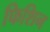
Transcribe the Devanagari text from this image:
फिशिन